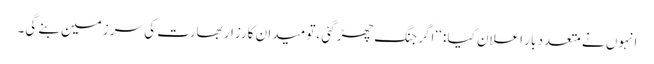
انہوں نے متعدد بار اعلان کیا : ‘‘اگر جنگ چھڑ گئی ،تو میدانِ کارزار بھارت کی سر زمین بنے گی۔